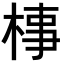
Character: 𣓊